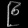
Digit: ၉